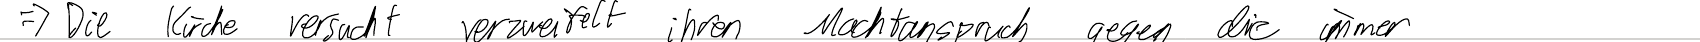
=> Die Kirche versucht verzweifelt ihren Machtanspruch gegen die immer